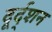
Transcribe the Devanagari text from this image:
दूर्द्शन